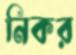
নিকর